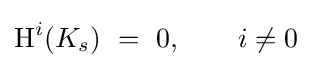
\operatorname {H} ^{i}(K_{s})\ =\ 0,\qquad i\neq 0